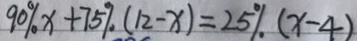
9 0 \% x + 7 5 \% ( 1 2 - x ) = 2 5 \% ( x - 4 )